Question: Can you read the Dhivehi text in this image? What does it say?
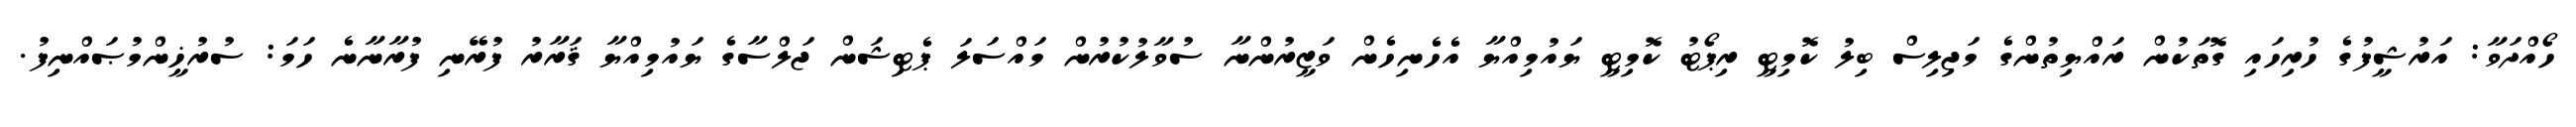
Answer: ހޯއްދަވާ: އަރުޝީފުގެ ހުރިހައި ގޮތަކުން ރައްޔިތުންގެ މަޖިލިސް ބިލު ކޮމިޓީ ރިޕޯޓު ކޮމިޓީ ޔައުމިއްޔާ އެހެނިހެން ވަޒީރުންނާ ސުވާލުކުރުން މައްސަލަ ޕެޓިޝަން ޖަލްސާގެ ޔައުމިއްޔާ ޤަރާރު ފުރޭނި ފުރާނާނެ ހަމަ: ސުރުޚީންމުޞައްނިފު.